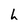
Character: h